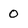
Character: o